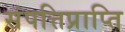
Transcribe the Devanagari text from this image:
संपत्तिप्राप्ति